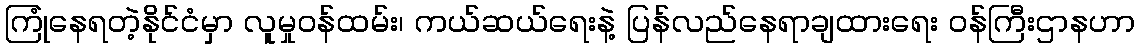
ကြုံနေရတဲ့နိုင်ငံမှာ လူမှုဝန်ထမ်း၊ ကယ်ဆယ်ရေးနဲ့ ပြန်လည်နေရာချထားရေး ဝန်ကြီးဌာနဟာ